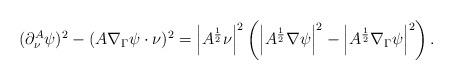
LaTeX: \begin{align*}(\partial_\nu^A \psi)^2 -(A\nabla_\Gamma \psi\cdot \nu)^2=\left|A^{\frac{1}{2}}\nu\right|^2 \left(\left|A^{\frac{1}{2}}\nabla \psi\right|^2-\left|A^{\frac{1}{2}}\nabla_\Gamma \psi\right|^2 \right). \end{align*}